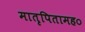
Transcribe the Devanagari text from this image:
मातृपितामह०